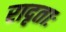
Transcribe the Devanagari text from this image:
रादृताः